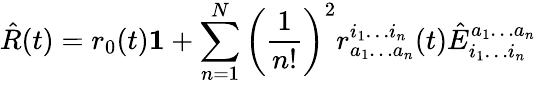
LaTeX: \hat{R}(t)=r_{0}(t)\mathbf{1}+\sum_{n=1}^{N}\left(\frac{1}{n!}\right)^{2}r_{a_{1}\ldots a_{n}}^{i_{1}\ldots i_{n}}(t)\hat{E}_{i_{1}\ldots i_{n}}^{a_{1}\ldots a_{n}}